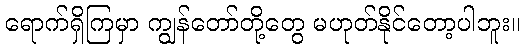
ရောက်ရှိကြမှာ ကျွန်တော်တို့တွေ မဟုတ်နိုင်တော့ပါဘူး။